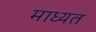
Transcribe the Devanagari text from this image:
माध्यत